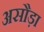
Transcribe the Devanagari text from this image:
असौड़ा